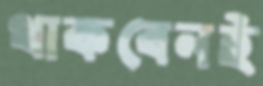
থাকবেনই